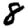
Digit: 8